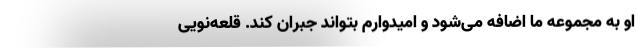
او به مجموعه ما اضافه می‌شود و امیدوارم بتواند جبران کند. قلعه‌نویی